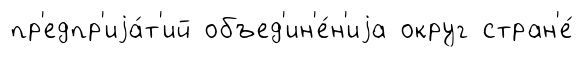
пр'едпр'иjа́т'ий объед'ин'е́н'иjа округ стран'е́